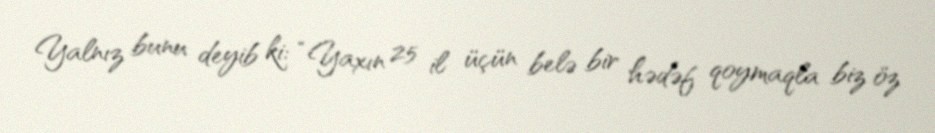
Yalnız bunu deyib ki: “Yaxın 25 il üçün belə bir hədəf qoymaqla biz öz